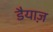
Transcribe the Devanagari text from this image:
डैयाज़